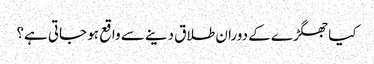
کیا جھگڑے کے دوران طلاق دینے سے واقع ہو جاتی ہے؟